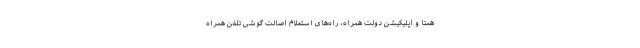
همتا و اپلیکیشن دولت همراه، راه‌های استعلام اصالت گوشی تلفن همراه